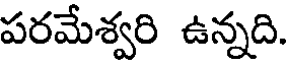
పరమేశ్వరి ఉన్నది.